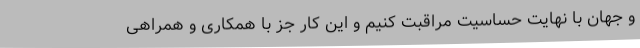
و جهان با نهایت حساسیت مراقبت کنیم و این کار جز با همکاری و همراهی